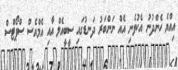
އިއްޔެ ހެންދުނު އެކުވެނި އެއް ނަންބަރު ދަނޑުގައި ސީބީއެލް އާއި އެމްއެސް ސްޕޯޓްސް